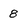
Character: 8